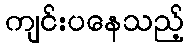
ကျင်းပနေသည့်